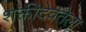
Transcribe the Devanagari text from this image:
शक्तीदेवतेला